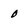
Character: 0